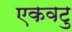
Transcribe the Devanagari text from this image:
एकवटु